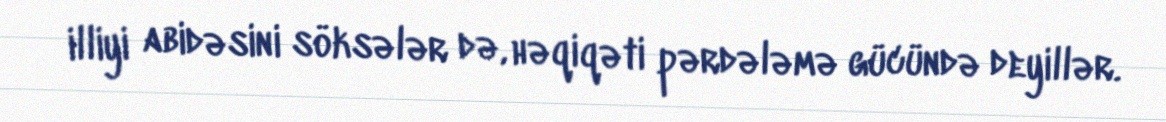
illiyi abidəsini söksələr də, həqiqəti pərdələmə gücündə deyillər.